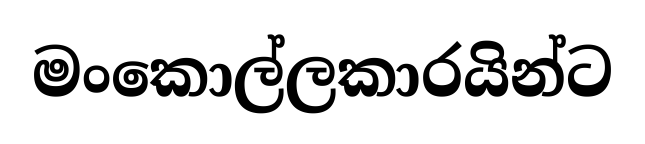
මංකොල්ලකාරයින්ට